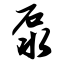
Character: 泵